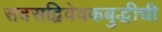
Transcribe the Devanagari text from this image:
सदसद्विवेवकबुद्धीची